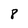
Character: 8